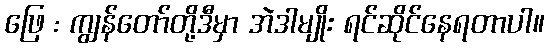
ဖြေ : ကျွန်တော်တို့ဒီမှာ အဲဒါမျိုး ရင်ဆိုင်နေရတာပါ။